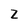
Character: Z